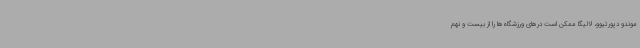
موندو دپورتیوو، لالیگا ممکن است درهای ورزشگاه‌ها را از بیست و نهم